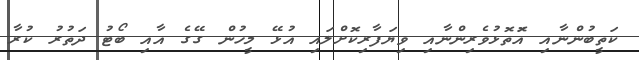
ކަތީބުންނާއި އަޮތޮޅުވެެރިންނާއި ވިޔަފާރިކޮށްލައި އުޅޭ މީހުން ގޭގެ އާއި ބޯޓު ދަތުރު ކުރާ